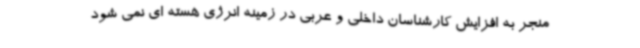
منجر به افزایش کارشناسان داخلی و عربی در زمینه انرژی هسته ای نمی شود